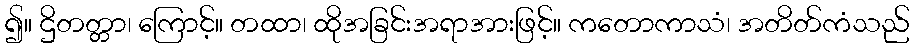
၍။ ဌိတတ္တာ၊ ကြောင့်။ တထာ၊ ထိုအခြင်းအရာအားဖြင့်။ ကတောကာသံ၊ အတိတ်ကံသည်